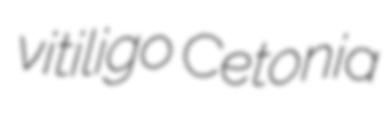
vitiligo Cetonia